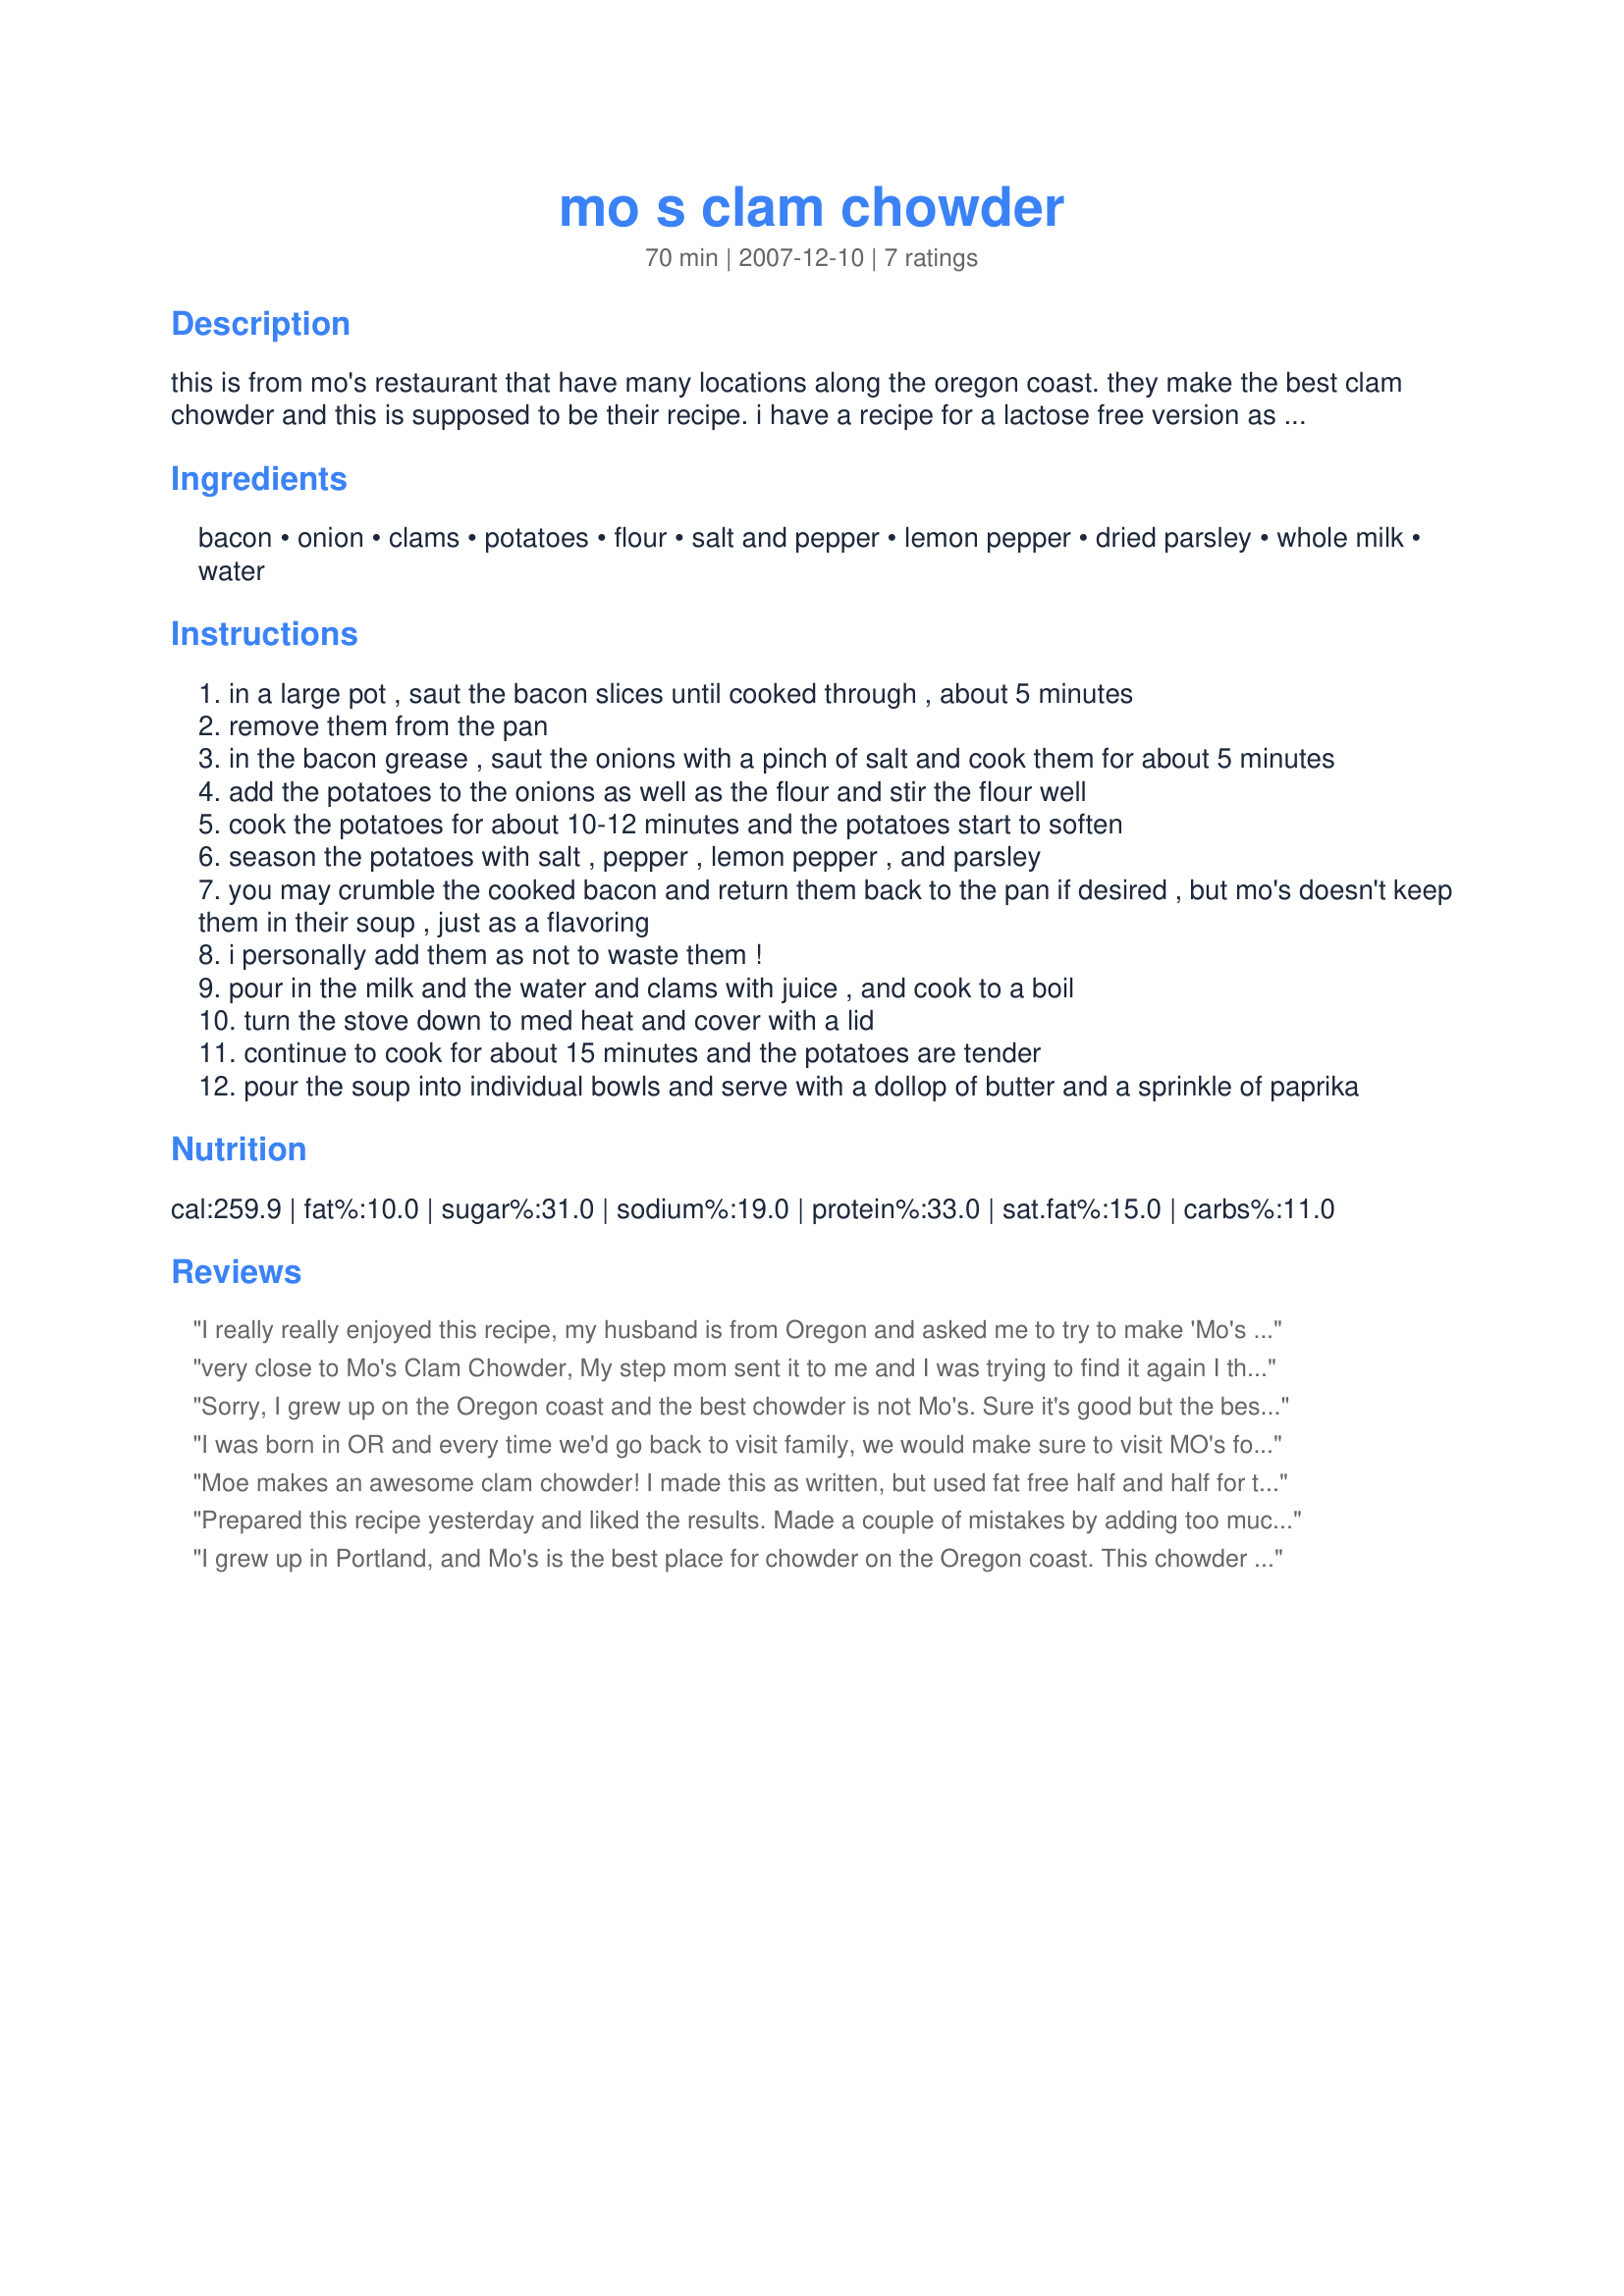
mo s clam chowder
Preparation time: 70 minutes

this is from mo's restaurant that have many locations along the oregon coast. they make the best clam chowder and this is supposed to be their recipe. i have a recipe for a lactose free version as well if you need it.

Ingredients:
bacon, onion, clams, potatoes, flour, salt and pepper, lemon pepper, dried parsley, whole milk, water

Steps:
in a large pot , saut the bacon slices until cooked through , about 5 minutes
remove them from the pan
in the bacon grease , saut the onions with a pinch of salt and cook them for about 5 minutes
add the potatoes to the onions as well as the flour and stir the flour well
cook the potatoes for about 10-12 minutes and the potatoes start to soften
season the potatoes with salt , pepper , lemon pepper , and parsley
you may crumble the cooked bacon and return them back to the pan if desired , but mo's doesn't keep them in their soup , just as a flavoring
i personally add them as not to waste them !
pour in the milk and the water and clams with juice , and cook to a boil
turn the stove down to med heat and cover with a lid
continue to cook for about 15 minutes and the potatoes are tender
pour the soup into individual bowls and serve with a dollop of butter and a sprinkle of paprika

Reviews:
I really really enjoyed this recipe, my husband is from Oregon and asked me to try to make 'Mo's clam chowder', the recipe as a whole is super easy to follow and make, however being I have never had the real Mo's, I am not sure the comparison, but this recipe turned out delish and do recommend it!
very close to Mo's Clam Chowder, My step mom sent it to me and I was trying to find it again I think this is it http://www.katu.com/amnw/recipes/6109616.html but the one listed is very close and easy to follow
Sorry, I grew up on the Oregon coast and the best chowder is not Mo's. Sure it's good but the best was Chowder Bowl in Newport. Sorry to nitpick but there is a reason the locals dont go to Mo's and only the valley folk and tourists do.
I was born in OR and every time we'd go back to visit family, we would make sure to visit MO's for the clam chowder. This is definitely not comparable to MO's. I made it according to the recipe (cooking the potatoes is no liquid was weird and didn't work very well) and when I finally got everything finished, I taste tested the soup and it was very bland. I added 2 cubes of chicken bullion, a tsp of worstershire, and another Tablespoon of flour mixed with a little of the milk to prevent clumping. After adding these ingredients, the soup actually had some flavor. Still not MO's, but definitely better than the original recipe. I cannot give this recipe anymore than 2 stars. If I hadn't changed it, I'm not sure I would have been able to eat it.
Moe makes an awesome clam chowder! I made this as written, but used fat free half and half for the whole milk. I also cooked the potatoes in the clam juice plus the water to equal 1 1/2 cups as listed. I used the crumbled bacon to garnish. Thanx for sharing Moe's recipe!
Prepared this recipe yesterday and liked the results. Made a couple of mistakes by adding too much pepper, and running out of milk, so used condensed milk. I also used 4 Tbs of flour, instead of 4 tsp of flour. Next time I'll chop the onion into smaller pieces, use less pepper and probably use whole milk for all the liquid, and no water. The larger quantity of flour did not make the chowder too thick or affect the taste so I'll probably use the same amount next time. I've eaten at Mo's in Newport, OR many times and their chowder is good, but I've had equally good or better flavor with other recipes. Still, this is a very good recipe.
I grew up in Portland, and Mo's is the best place for chowder on the Oregon coast. This chowder recipe is very very good, however, it's not Mo's. Definately give it a try, it was a hit at my house on Xmas Eve (chowder is a tradition in our house), but if you're looking for Mo's, keep looking, this isn't it.
